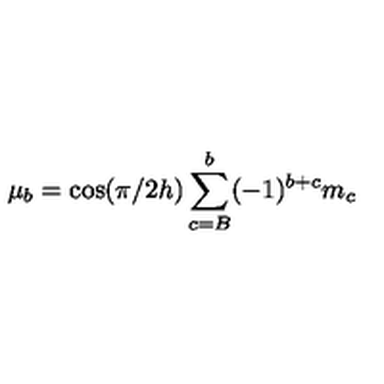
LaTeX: \mu _ { b } = \cos ( \pi / 2 h ) \sum _ { c = B } ^ { b } ( - 1 ) ^ { b + c } m _ { c }